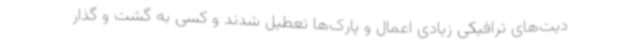
دیت‌های ترافیکی زیادی اعمال و پارک‌ها تعطیل شدند و کسی به گشت و گذار